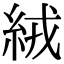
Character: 絨